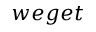
w e g e t